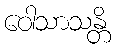
ဝေါသာသန္တိ